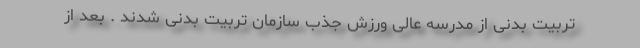
تربیت بدنی از مدرسه عالی ورزش جذب سازمان تربیت بدنی شدند . بعد از